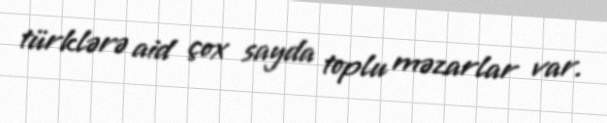
türklərə aid çox sayda toplu məzarlar var.